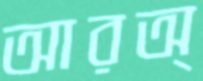
আরঅ্